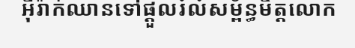
អ៊ីរ៉ាក់ឈានទៅផ្តួលរំលំសម្ព័ន្ធមិត្តលោក